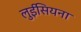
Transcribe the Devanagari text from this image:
लुईसियना